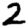
Digit: 2